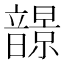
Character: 𩐿